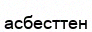
асбесттен